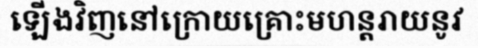
ឡើងវិញនៅក្រោយគ្រោះមហន្តរាយនូវ